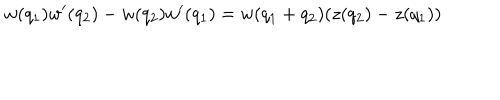
w ( q _ { 1 } ) w ^ { \prime } ( q _ { 2 } ) - w ( q _ { 2 } ) w ^ { \prime } ( q _ { 1 } ) = w ( q _ { 1 } + q _ { 2 } ) ( z ( q _ { 2 } ) - z ( q _ { 1 } ) )